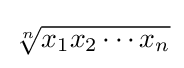
{\sqrt[{n}]{x_{1}x_{2}\cdots x_{n}}}